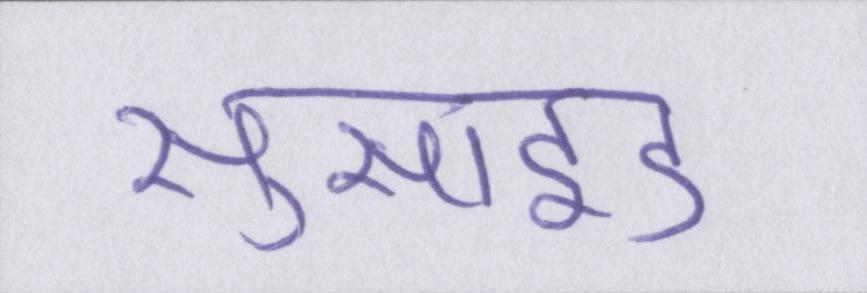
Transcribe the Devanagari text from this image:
सुसाइड